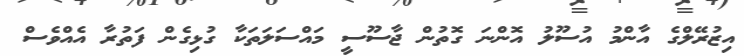
އިޒުރޭލްގެ އާންމު އުސޫލު އޮންނަ ގޮތުން ޖާސޫސީ މައްސަލަތަކާ ގުޅިގެން ފަތުރާ އެއްވެސް